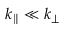
k _ { \parallel } \ll k _ { \perp }